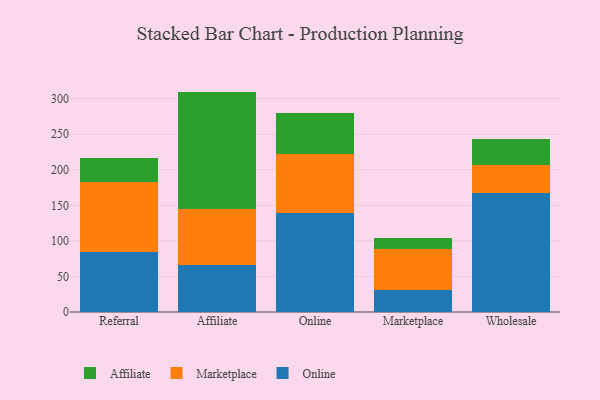
{"axis": {"x": "Channel", "y": "Budget (USD K)"}, "legend": ["Affiliate", "Marketplace", "Online"], "data": [{"x": "Referral", "y": 84.4, "type": "Online"}, {"x": "Referral", "y": 98.6, "type": "Marketplace"}, {"x": "Referral", "y": 33.4, "type": "Affiliate"}, {"x": "Affiliate", "y": 66.8, "type": "Online"}, {"x": "Affiliate", "y": 77.6, "type": "Marketplace"}, {"x": "Affiliate", "y": 165.6, "type": "Affiliate"}, {"x": "Online", "y": 139.9, "type": "Online"}, {"x": "Online", "y": 83.0, "type": "Marketplace"}, {"x": "Online", "y": 56.6, "type": "Affiliate"}, {"x": "Marketplace", "y": 31.6, "type": "Online"}, {"x": "Marketplace", "y": 57.0, "type": "Marketplace"}, {"x": "Marketplace", "y": 15.5, "type": "Affiliate"}, {"x": "Wholesale", "y": 167.3, "type": "Online"}, {"x": "Wholesale", "y": 39.0, "type": "Marketplace"}, {"x": "Wholesale", "y": 37.5, "type": "Affiliate"}]}